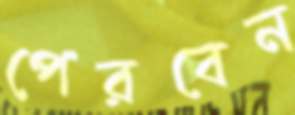
পেরবেন